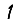
Digit: 1